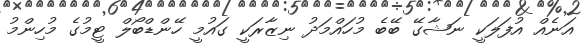
އަނެއް އުފަލަކީ ނަޝާގޭ ބޭބެ މުހައްމަދު ނިޒާރަކީ ގައުމީ ހޭންޑްބޯލް ޓީމުގެ މުހިންމު